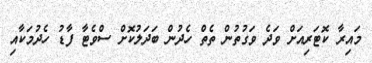
މައިރާ ކޮޓަރިއަށް ވަދެ ވަގުތުން ތެތް ހެދުން ބަދަލުކޮށް ސްވެޓާ ފާޑު ހެދުމަކާއި